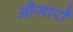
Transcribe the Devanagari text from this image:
औजारौं